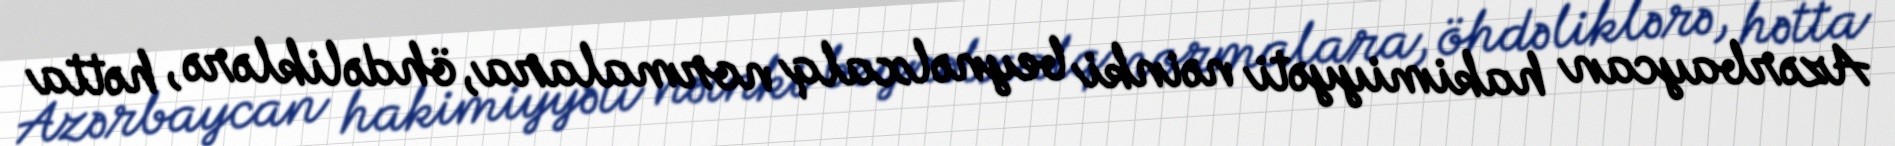
Azərbaycan hakimiyyəti nəinki beynəlxalq normalara, öhdəliklərə, hətta